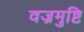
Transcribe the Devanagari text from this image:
वज्रमुष्टि